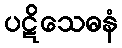
ပဋိသေဓနံ